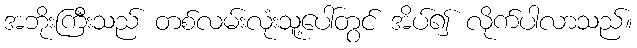
အဘိုးကြီးသည် တစ်လမ်းလုံးသူ့ပေါ်တွင် အိပ်၍ လိုက်ပါလာသည်။